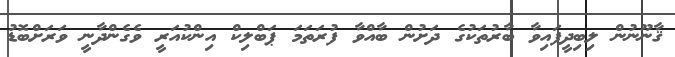
ޤާނޫނުން ލިބިދީފައިވާ ބާރުތަކުގެ ދަށުން ބާއްވާ ފުރަތަމަ ޕަބްލިކް އިންކުއަރީ ވެގެންދާނީ ވަރަށްބޮޑު